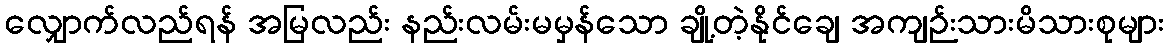
လျှောက်လည်ရန် အမြလည်း နည်းလမ်းမမှန်သော ချို့တဲ့နိုင်ချေ အကျဉ်းသားမိသားစုများ